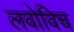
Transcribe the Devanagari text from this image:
लवोविच